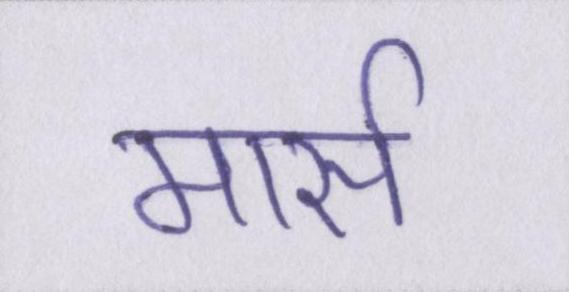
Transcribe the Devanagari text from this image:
मार्स